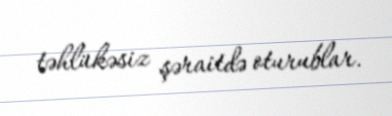
təhlükəsiz şəraitdə oturublar.